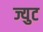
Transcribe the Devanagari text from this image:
ज्युट